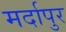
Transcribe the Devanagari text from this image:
मर्दापुर